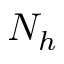
N _ { h }